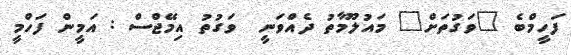
ފަހީމްބެ "ވަގުތަށް" މައުލޫމާތު ދެއްވަނީ  ވަގުތު އިމޭޖްސް : އަމީން ފަހްމީ